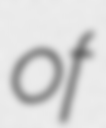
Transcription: of